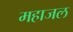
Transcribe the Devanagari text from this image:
महाजल